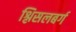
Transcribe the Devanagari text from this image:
श्लिसलबर्ग